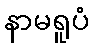
နာမရူပံ